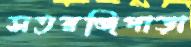
সতরঞ্জিপাড়া